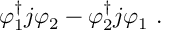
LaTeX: \varphi _ { 1 } ^ { \dag } j \varphi _ { 2 } - \varphi _ { 2 } ^ { \dag } j \varphi _ { 1 } ~ .